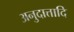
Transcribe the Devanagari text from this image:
अनुदात्तादि